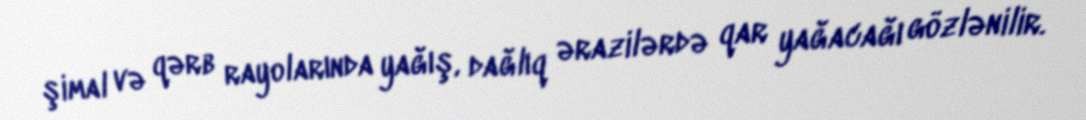
şimal və qərb rayolarında yağış, dağlıq ərazilərdə qar yağacağı gözlənilir.